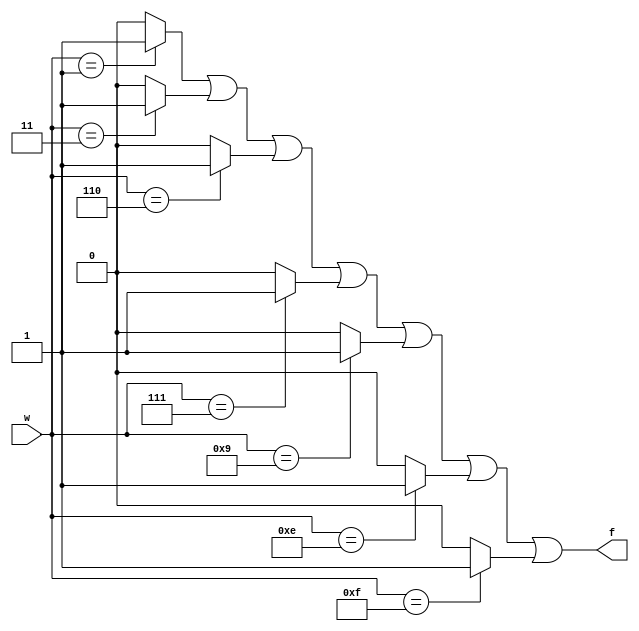
module q1(w,f);
	input [3:0] w;
	output f;
	reg [15:0] k;
	integer i;
	always@(w)
	begin
		for(i=0;i<16;i=i+1)
		begin
			if(w == i)
				k[i] = 1;
			else
				k[i] = 0;
		end
	end
	assign f = k[1] | k[3] | k[6] | k[7] | k[9] | k[14] | k[15];
endmodule